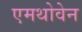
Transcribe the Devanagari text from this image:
एमथोवेन